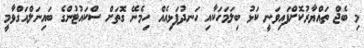
މި ބެޖް ތައްޔާރުކޮށްފައިވަނީ ކަޅު ބިލަމަހަކާއި ހަނދުފަޅިއެއް ހިމެނޭ ގޮތަށް ސްކައުޓުންގެ ބައިނަލްއަގްވާމީ